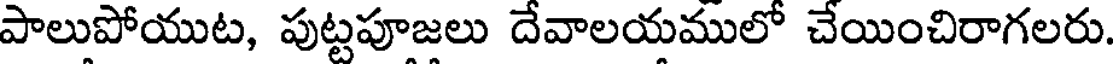
పాలుపోయుట, పుట్టపూజలు దేవాలయములో చేయించిరాగలరు